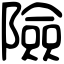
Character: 險